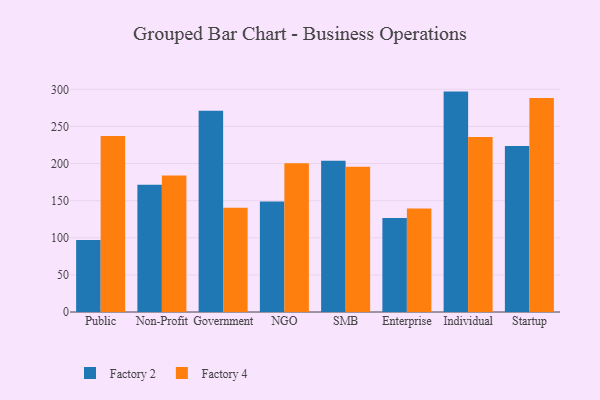
{"axis": {"x": "Segment", "y": "Latency (ms)"}, "legend": ["Factory 2", "Factory 4"], "data": [{"x": "Public", "y": 97.1, "type": "Factory 2"}, {"x": "Public", "y": 237.1, "type": "Factory 4"}, {"x": "Non-Profit", "y": 171.5, "type": "Factory 2"}, {"x": "Non-Profit", "y": 183.8, "type": "Factory 4"}, {"x": "Government", "y": 271.1, "type": "Factory 2"}, {"x": "Government", "y": 140.5, "type": "Factory 4"}, {"x": "NGO", "y": 148.9, "type": "Factory 2"}, {"x": "NGO", "y": 200.3, "type": "Factory 4"}, {"x": "SMB", "y": 203.9, "type": "Factory 2"}, {"x": "SMB", "y": 195.8, "type": "Factory 4"}, {"x": "Enterprise", "y": 126.7, "type": "Factory 2"}, {"x": "Enterprise", "y": 139.4, "type": "Factory 4"}, {"x": "Individual", "y": 296.9, "type": "Factory 2"}, {"x": "Individual", "y": 235.6, "type": "Factory 4"}, {"x": "Startup", "y": 223.5, "type": "Factory 2"}, {"x": "Startup", "y": 288.3, "type": "Factory 4"}]}